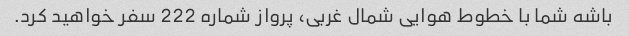
باشه شما با خطوط هوایی شمال غربی، پرواز شماره 222 سفر خواهید کرد.